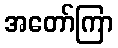
အတော်ကြာ